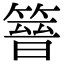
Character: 𥰸